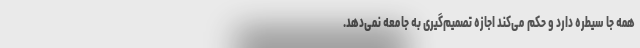
همه جا سیطره دارد و حکم می‌کند اجازه تصمیم‌گیری به جامعه نمی‌دهد.